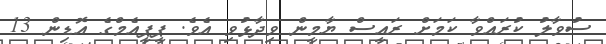
ސުވާލު ކުރައްވާ ކަމަށް ރައީސް ޔާމީން ވިދާޅުވި އެވެ. ޕީޕީއެމްގެ އޮޑިން 13